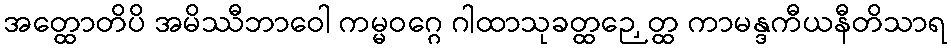
အတ္ထောတိပိ အမိဿီဘာဝေါ ကမ္မဝဂ္ဂေ ဂါထာသုခတ္ထဉှေတ္ထ ကာမန္ဒကီယနီတိသာရ